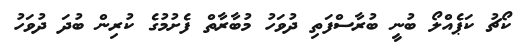
ކޯޗު ކަޕެއްލޯ ބުނީ ބުރާސްފަތި ދުވަހު މުބާރާތް ފެށުމުގެ ކުރިން ބުދަ ދުވަހު